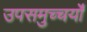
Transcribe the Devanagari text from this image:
उपसमुच्चर्यों